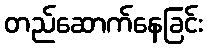
တည်ဆောက်နေခြင်း